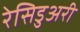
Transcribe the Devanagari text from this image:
रेसिडुअरी